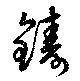
鋳